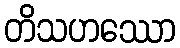
တိသဟဿော